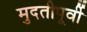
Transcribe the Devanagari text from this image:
मुदतीपूर्वी